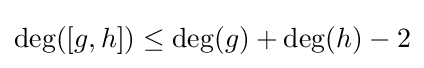
\deg([g,h])\leq \deg(g)+\deg(h)-2